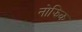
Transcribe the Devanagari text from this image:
नोझिक